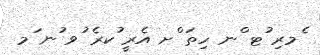
ެމރި ުޓ ްނ ހިތަ ްށ އެރީ ުކރެ ުވ ުނ ަމ